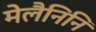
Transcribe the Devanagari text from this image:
मेलैनिनि